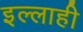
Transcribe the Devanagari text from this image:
इल्लाही